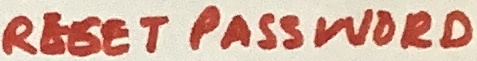
Text: RESET PASSWORD